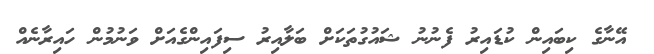
އޭނާގެ ކިބައިން ކުޑައިރު ފެނުނު ޝައުގުތަކަށް ބަލާއިރު ސިފައިންގެއަށް ވަނުމުން ހައިރާނެއް